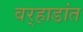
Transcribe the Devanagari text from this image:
वर्‍हाडांत